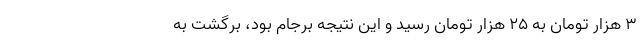
۳ هزار تومان به ۲۵ هزار تومان رسید و این نتیجه برجام بود، برگشت به